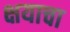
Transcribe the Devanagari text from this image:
क्षयाचा